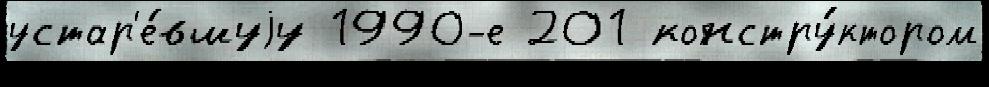
устар'е́вшуjу 1990-е 201 констру́ктором